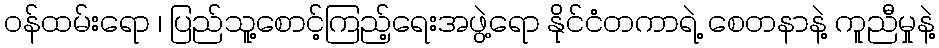
ဝန်ထမ်းရော ၊ ပြည်သူ့စောင့်ကြည့်ရေးအဖွဲ့ရော နိုင်ငံတကာရဲ့ စေတနာနဲ့ ကူညီမှုနဲ့